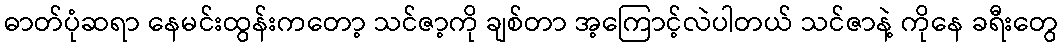
ဓာတ်ပုံဆရာ နေမင်းထွန်းကတော့ သင်ဇာ့ကို ချစ်တာ အ့ကြောင့်လဲပါတယ် သင်ဇာနဲ့ ကိုနေ ခရီးတွေ